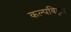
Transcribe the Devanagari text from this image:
कल्पविहार